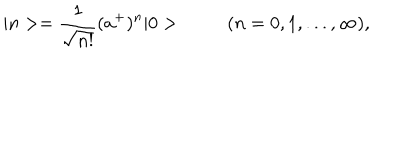
| n > = { \frac { 1 } { \sqrt { n ! } } } ( a ^ { + } ) ^ { n } | 0 > ( n = 0 , 1 , . . . , \infty ) ,